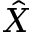
\hat { X }